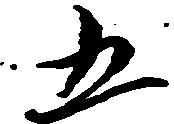
五